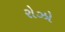
રોઝો